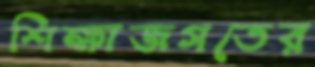
শিক্ষাজগতের